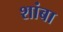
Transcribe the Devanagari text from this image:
शांबा